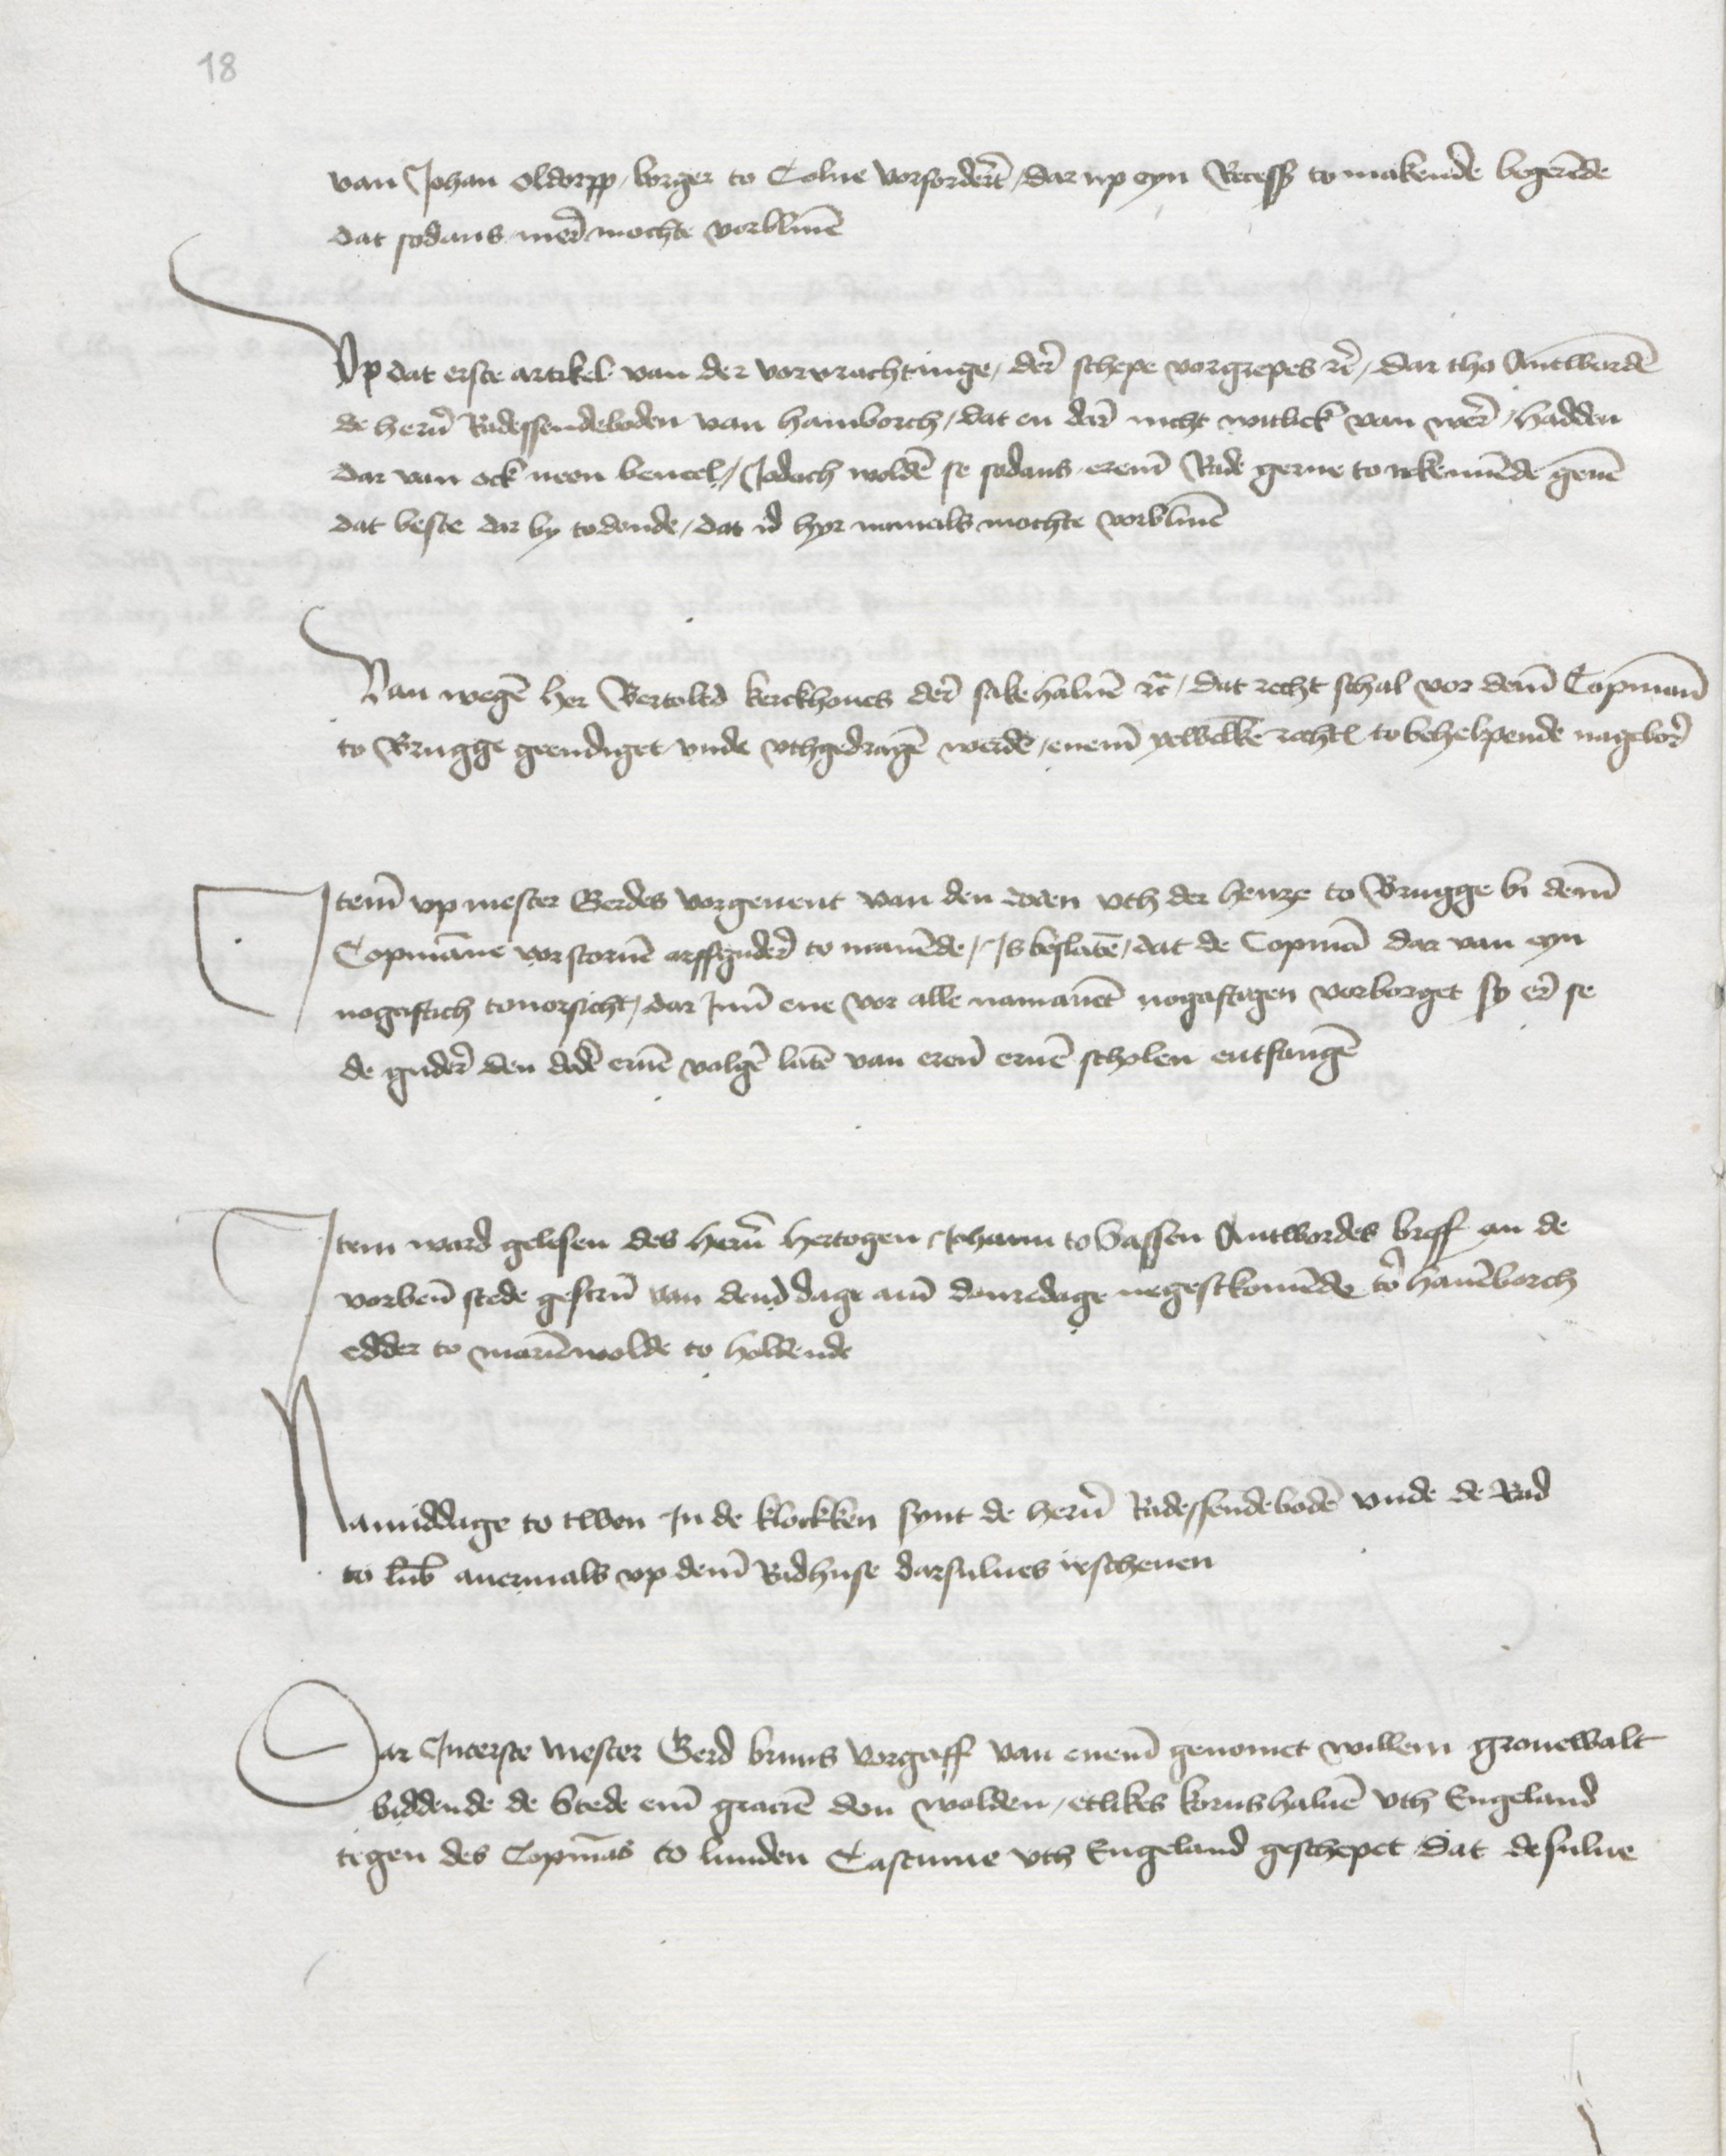
van Johan Oldorpp, borger to Colne vorforderet, darup eyn Recess to makende begerende
dat sodans merer mochte vorbliuen

Vp dat erste artikel van der vorvrachtinge, derer schepe vorgrepes etcera, dar tho Antwerden
de heren Radessendeboden van Hamborch, dat en dere nicht witlick van were, hadden
dar van ock neen beueel, Jodoch wolden se sodans ereme Rade gerne to rerkennende geuen
dat beste dar by todonde, dat id hyr numals mochte vorbliuen

Van wegen her Bertoltd Kerckhoues dere sakehaluen etcetera, dat recht schal vor deme Copmann
to Brugge geendiget vnde vthgedragen werde, eneme yewelken rechten to behelpende nagebore

Jteme vp mester Gerdes vorgeuent van den doden vth der henze to Brugge bi deme
Copmanne vorstoruen arffgudere to manende, Js beslaten, dat de Copman dar van eyn
nogaftich touorsicht, dar Jnne ene vor alle namanent nogaftigen vorborget sy ere se
de gudere den doden eruen volgen laten van ereme eruen scholen entfangen

Jtem ward gelesen des heren hertogen Johann to Sassen Antwordes breff an de
vorbenomende stede gescreuen van deme dage ame donredage negestkomende tor Hanenborch
edder to Marienwolde to holdende

Namiddage to twen Jn de klockken synt de heren Radessendeboden vnde de Rad
to Lubeke auermals vp deme Radhuse darsulues irschenen

Dar Jnterste Mester Gerd Bruns vorgaff van eneme genomet Willem Gronewalt
biddende de Stede eme gracien don wolden, etlikes korns haluen vth Engeland
tegen des Copmans to Lunden Castume vth Engeland geschepet, dat de sulue